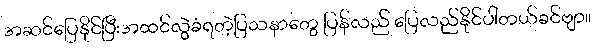
အဆင်ပြေနိုင်ပြီးအထင်လွဲခံရတဲ့ပြသနာတွေ ပြန်လည် ပြေလည်နိုင်ပါတယ်ခင်ဗျာ။